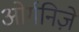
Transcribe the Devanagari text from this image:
ओर्गनिज़े